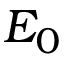
E _ { 0 }